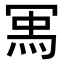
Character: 𭁽